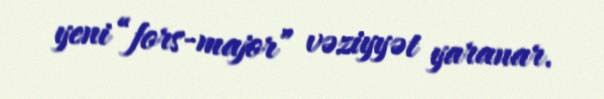
yeni “fors-major” vəziyyət yaranar.